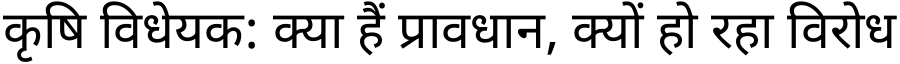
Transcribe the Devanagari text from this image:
कृषि विधेयक: क्या हैं प्रावधान, क्यों हो रहा विरोध